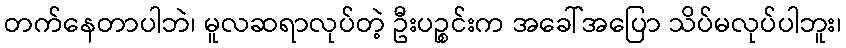
တက်နေတာပါဘဲ၊ မူလဆရာလုပ်တဲ့ ဦးပဉ္စင်းက အခေါ်အပြော သိပ်မလုပ်ပါဘူး၊